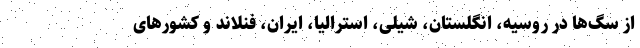
از سگ‌ها در روسیه، انگلستان، شیلی، استرالیا، ایران، فنلاند و کشور‌های